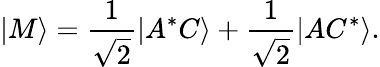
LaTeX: \left|M\right\rangle=\frac{1}{\sqrt{2}}\left|A^{*}C\right\rangle+\frac{1}{\sqrt{2}}\left|AC^{*}\right\rangle.